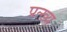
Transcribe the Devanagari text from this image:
प्रत्ख्य